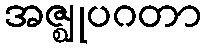
အဇ္ဈုပဂတာ